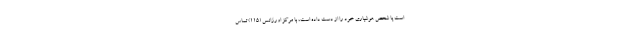
است یا شخص هوشیاری خود را از دست داده است، با مرکز اورژانس (115) تماس